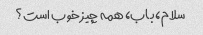
سلام، باب، همه چیز خوب است؟